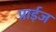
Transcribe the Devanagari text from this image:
प्राईज